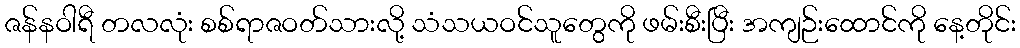
ဇန်နဝါရီ တလလုံး စစ်ရာဇဝတ်သားလို့ သံသယဝင်သူတွေကို ဖမ်းစီးပြီး အကျဉ်းထောင်ကို နေ့တိုင်း